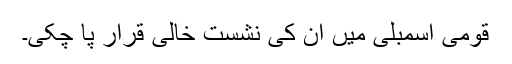
قومی اسمبلی میں ان کی نشست خالی قرار پا چکی۔